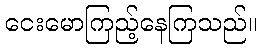
ငေးမောကြည့်နေကြသည်။